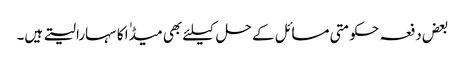
بعض دفعہ حکومتی مسائل کے حل کیلئے بھی میڈٰا کا سہارا لیتے ہیں۔